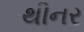
થીનર